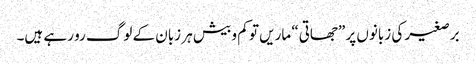
برصغیر کی زبانوں پر ”جھاتی“ ماریں تو کم و بیش ہر زبان کے لوگ رو رہے ہیں۔